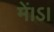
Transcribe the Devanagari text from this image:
में।ऽ।